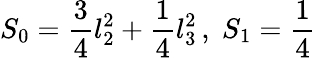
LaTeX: S_{0}=\frac{3}{4}l_{2}^{2}+\frac{1}{4}l_{3}^{2}\, ,\; S_{1}=\frac{1}{4}